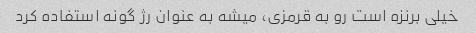
خیلی برنزه است رو به قرمزی، میشه به عنوان رژ گونه استفاده کرد